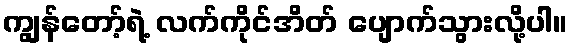
ကျွန်တော့်ရဲ့ လက်ကိုင်အိတ် ပျောက်သွားလို့ပါ။